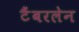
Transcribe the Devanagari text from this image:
टैंबरलेन